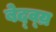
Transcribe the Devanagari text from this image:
बेद्व्य्र